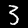
Digit: 3